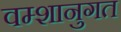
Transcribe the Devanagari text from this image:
वम्शानुगत